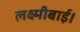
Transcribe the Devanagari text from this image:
लक्ष्मीबाई।